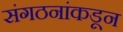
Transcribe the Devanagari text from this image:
संगठनांकडून